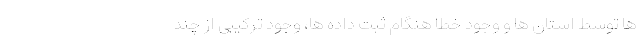
ها توسط استان ها و وجود خطا هنگام ثبت داده ها، وجود ترکیبی از چند